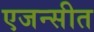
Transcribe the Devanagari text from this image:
एजन्सीत